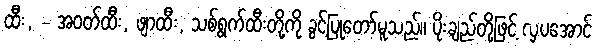
ထီး, - အဝတ်ထီး, ဖျာထီး, သစ်ရွက်ထီးတို့ကို ခွင့်ပြုတော်မူသည်။ ပိုးချည်တို့ဖြင့် လှပအောင်